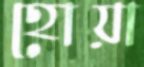
হোয়া